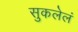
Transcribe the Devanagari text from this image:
सुकलेलं